Vaccination report Assam 1896-1927 - 1896-1927
Year: 1896
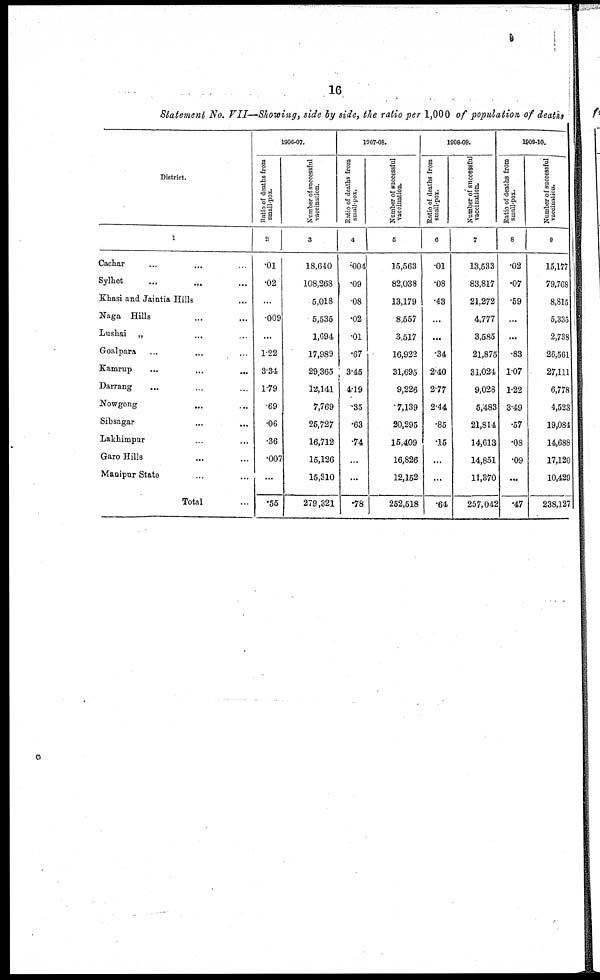
16
Statement No. VII—Showing, side by side, the ratio per 1,000 of population of deaths
District.
1
Cachar... ...
Sylhet...
Khasi and Jaintia Hills
Naga Hills...
Lushai „ ...
Goalpara... ...
Kamrup...
Darrang...
Nowgong...
Sibsagar...
Lakhimpur...
Garo Hills...
Manipur State...
Total...
1906-07.
Ratio of deaths from
small-pox.
2
.01
.02
...
.009
...
1.22
3.34
1.79
.69
.06
.36
.007
...
.55
Number of successful
vaccination.
3
18,640
108,268
5,018
5,535
1,694
17,989
29,365
12,141
7,769
25,727
16,712
15,126
15,310
279,321
1007-08.
Ratio of deaths from
small-pox.
4
.004
.09
.08
.02
.01
.67
3.45
4.19
.35
.63
.74
...
...
.78
Number of successful
vaccination.
5
15,563
82,038
13,179
8,557
3,517
16,922
31,695
9,226
7,139
20,295
15,409
16,826
12,152
252,518
1808-09.
Ratio of deaths from
small-pox.
6
.01
.08
.43
...
...
.34
2.40
2.77
2.44
.86
.15
...
...
.64
Number of successful
vaccination.
7
13,533
83,817
21,272
4,777
3,585
21,875
31,024
9,028
5,483
21,814
14,613
14,851
11,370
257,042
1809-10.
Ratio of deaths from
small-pox.
8
.02
.07
.59
...
...
.83
1.07
1.22
3.49
.57
.08
.09
...
.47
Number of successful
vaccination.
9
15,177
79,768
8,815
5,335
2,738
26,561
27,111
6,778
4,523
19,084
14,688
17,120
10,429
238,127